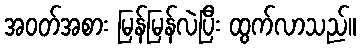
အဝတ်အစား မြန်မြန်လဲပြီး ထွက်လာသည်။